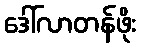
ဒေါ်လာတန်ဖိုး